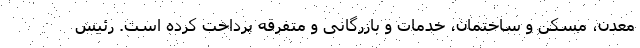
معدن، مسکن و ساختمان، خدمات و بازرگانی و متفرقه پرداخت کرده است. رئیس